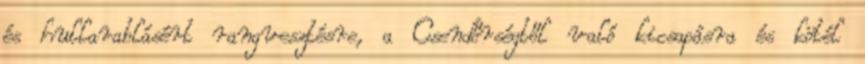
és hullarablásért rangvesztésre, a Csendőrségtől való kicsapásra és kötél